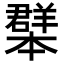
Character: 𦏓